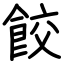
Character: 餃